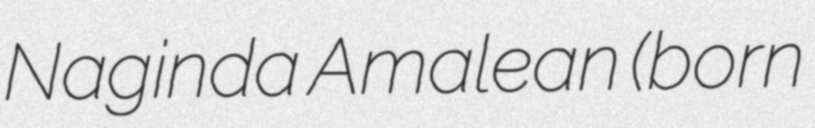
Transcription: Naginda Amalean (born